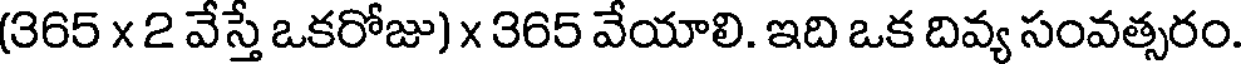
(365 x 2 వేస్తే ఒకరోజు) x 365 వేయాలి. ఇది ఒక దివ్య సంవత్సరం.